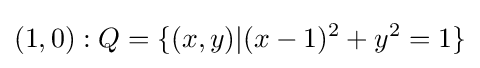
(1,0):Q=\{(x,y)|(x-1)^{2}+y^{2}=1\}